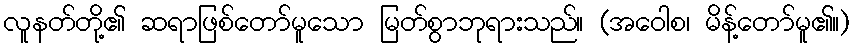
လူနတ်တို့၏ ဆရာဖြစ်တော်မူသော မြတ်စွာဘုရားသည်။ (အဝေါစ၊ မိန့်တော်မူ၏။)